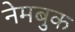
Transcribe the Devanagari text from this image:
नेमबुक